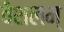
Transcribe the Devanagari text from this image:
वैशलम्